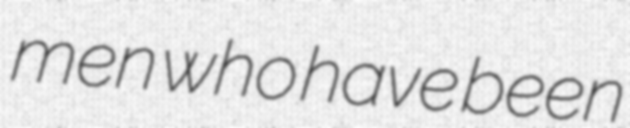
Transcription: men who have been